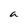
Character: a